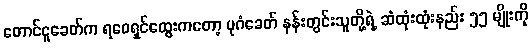
တောင်ငူခေတ်က ရဝေရှင်ထွေးကတော့ ပုဂံခေတ် နန်းတွင်းသူတို့ရဲ့ ဆံထုံးထုံးနည်း ၅၅ မျိုးကို